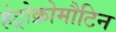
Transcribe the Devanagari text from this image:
हेट्रोक्रोमौटिन